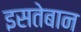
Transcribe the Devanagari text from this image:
इसतेबान